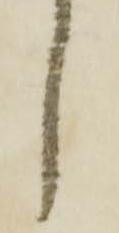
し